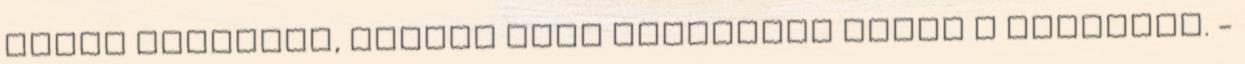
Forró lehelete, mintha láng lövellett volna a torkából. -